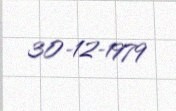
30-12-1979